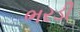
ભરડી